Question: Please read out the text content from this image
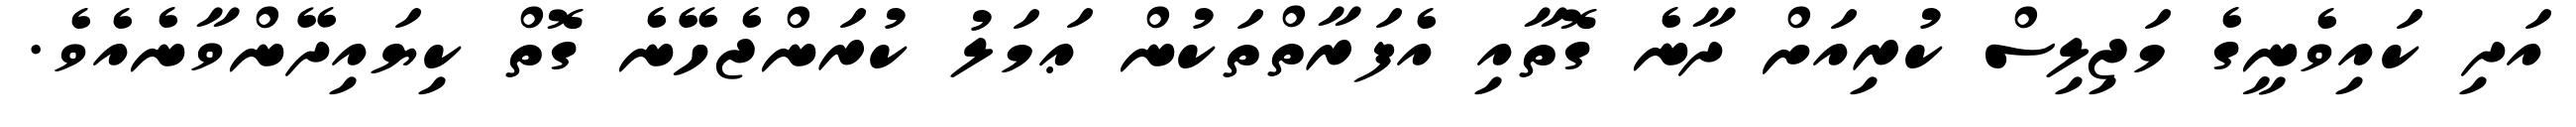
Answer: އަދި ކައިވެނީގެ މަޖިލިސް ކުރިއަށް ދާނެ ގޮތާއި އެފަރާތްތަކުން ޢަމަލު ކުރަންޖެހޭނެ ގޮތް ކިޔައިދޭންވާނެއެވެ.